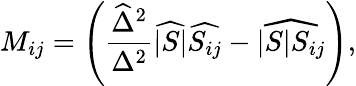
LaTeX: M_{ij}=\left({\frac{\widehat{\Delta}^{2}}{\Delta^{2}}}\widehat{|S|}\widehat{S_{ij}}-\widehat{|S|S_{ij}}\right),